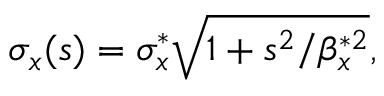
\sigma _ { x } ( s ) = \sigma _ { x } ^ { * } \sqrt { 1 + s ^ { 2 } / \beta _ { x } ^ { * 2 } } ,